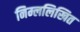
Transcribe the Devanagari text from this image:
निम्ललिखित